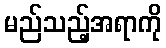
မည်သည့်အရာကို